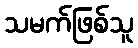
သမက်ဖြစ်သူ